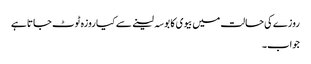
روزے کی حالت میں بیوی کا بوسہ لینے سے کیا روزہ ٹوٹ جاتا ہے
جواب۔